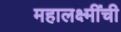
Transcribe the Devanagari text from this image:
महालक्ष्मींची